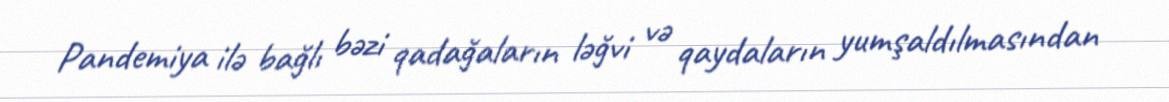
Pandemiya ilə bağlı bəzi qadağaların ləğvi və qaydaların yumşaldılmasından